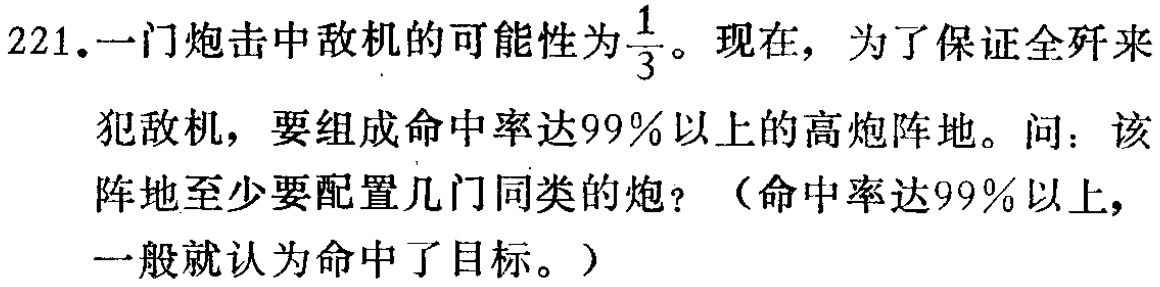
221. 一门炮击中敌机的可能性为$\frac{1}{3}$。现在，为了保证全歼来犯敌机，要组成命中率达$99\%$以上的高炮阵地。问：该阵地至少要配置几门同类的炮？（命中率达$99\%$以上，一般就认为命中了目标。）